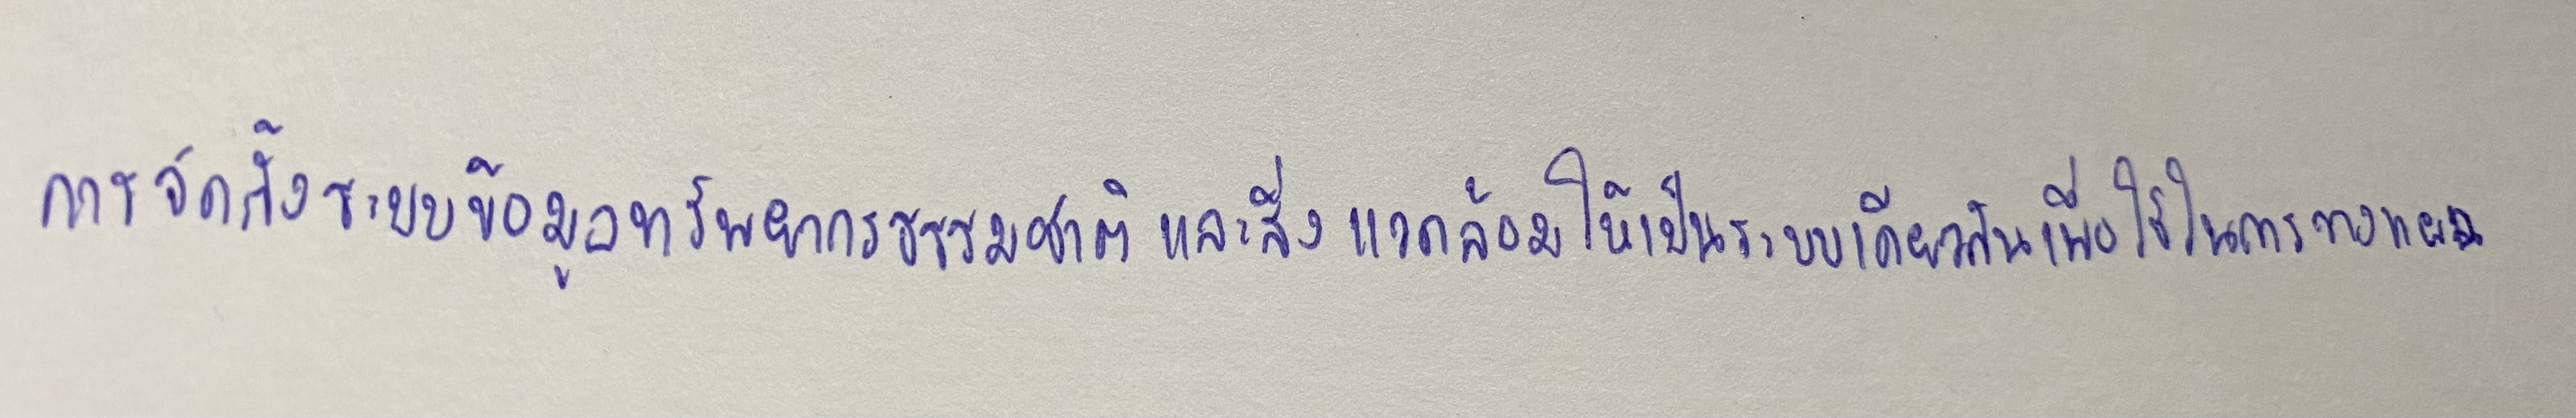
การจัดตั้งระบบข้อมูลทรัพยากรธรรมชาติและสิ่งแวดล้อมให้เป็นระบบเดียวกันเพื่อใช้ในการวางแผน